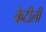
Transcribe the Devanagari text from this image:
केटीली